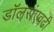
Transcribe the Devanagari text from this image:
डॉलरांएवढी